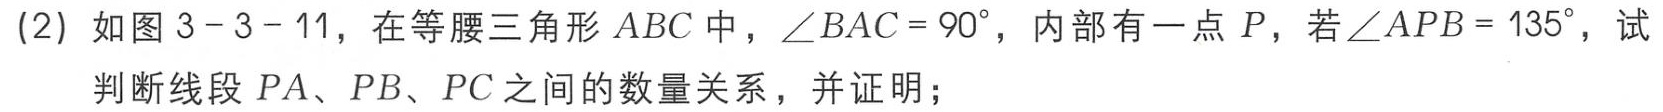
(2) 如图 3 - 3 - 11，在等腰三角形 \(ABC\) 中，\(\angle BAC = 90^{\circ}\)，内部有一点 \(P\)，若\(\angle APB = 135^{\circ}\)，试

判断线段 \(PA\)、\(PB\)、\(PC\) 之间的数量关系，并证明；